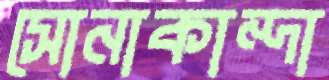
সোনাকান্দা